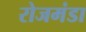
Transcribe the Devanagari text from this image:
रोजमंडा